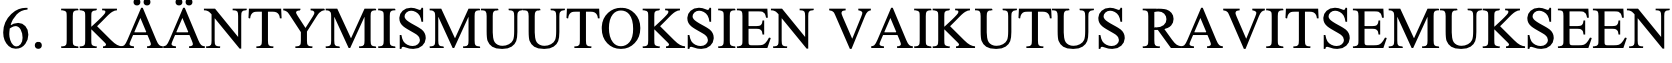
6. IKÄÄNTYMISMUUTOKSIEN    VAIKUTUS  RAVITSEMUKSEEN